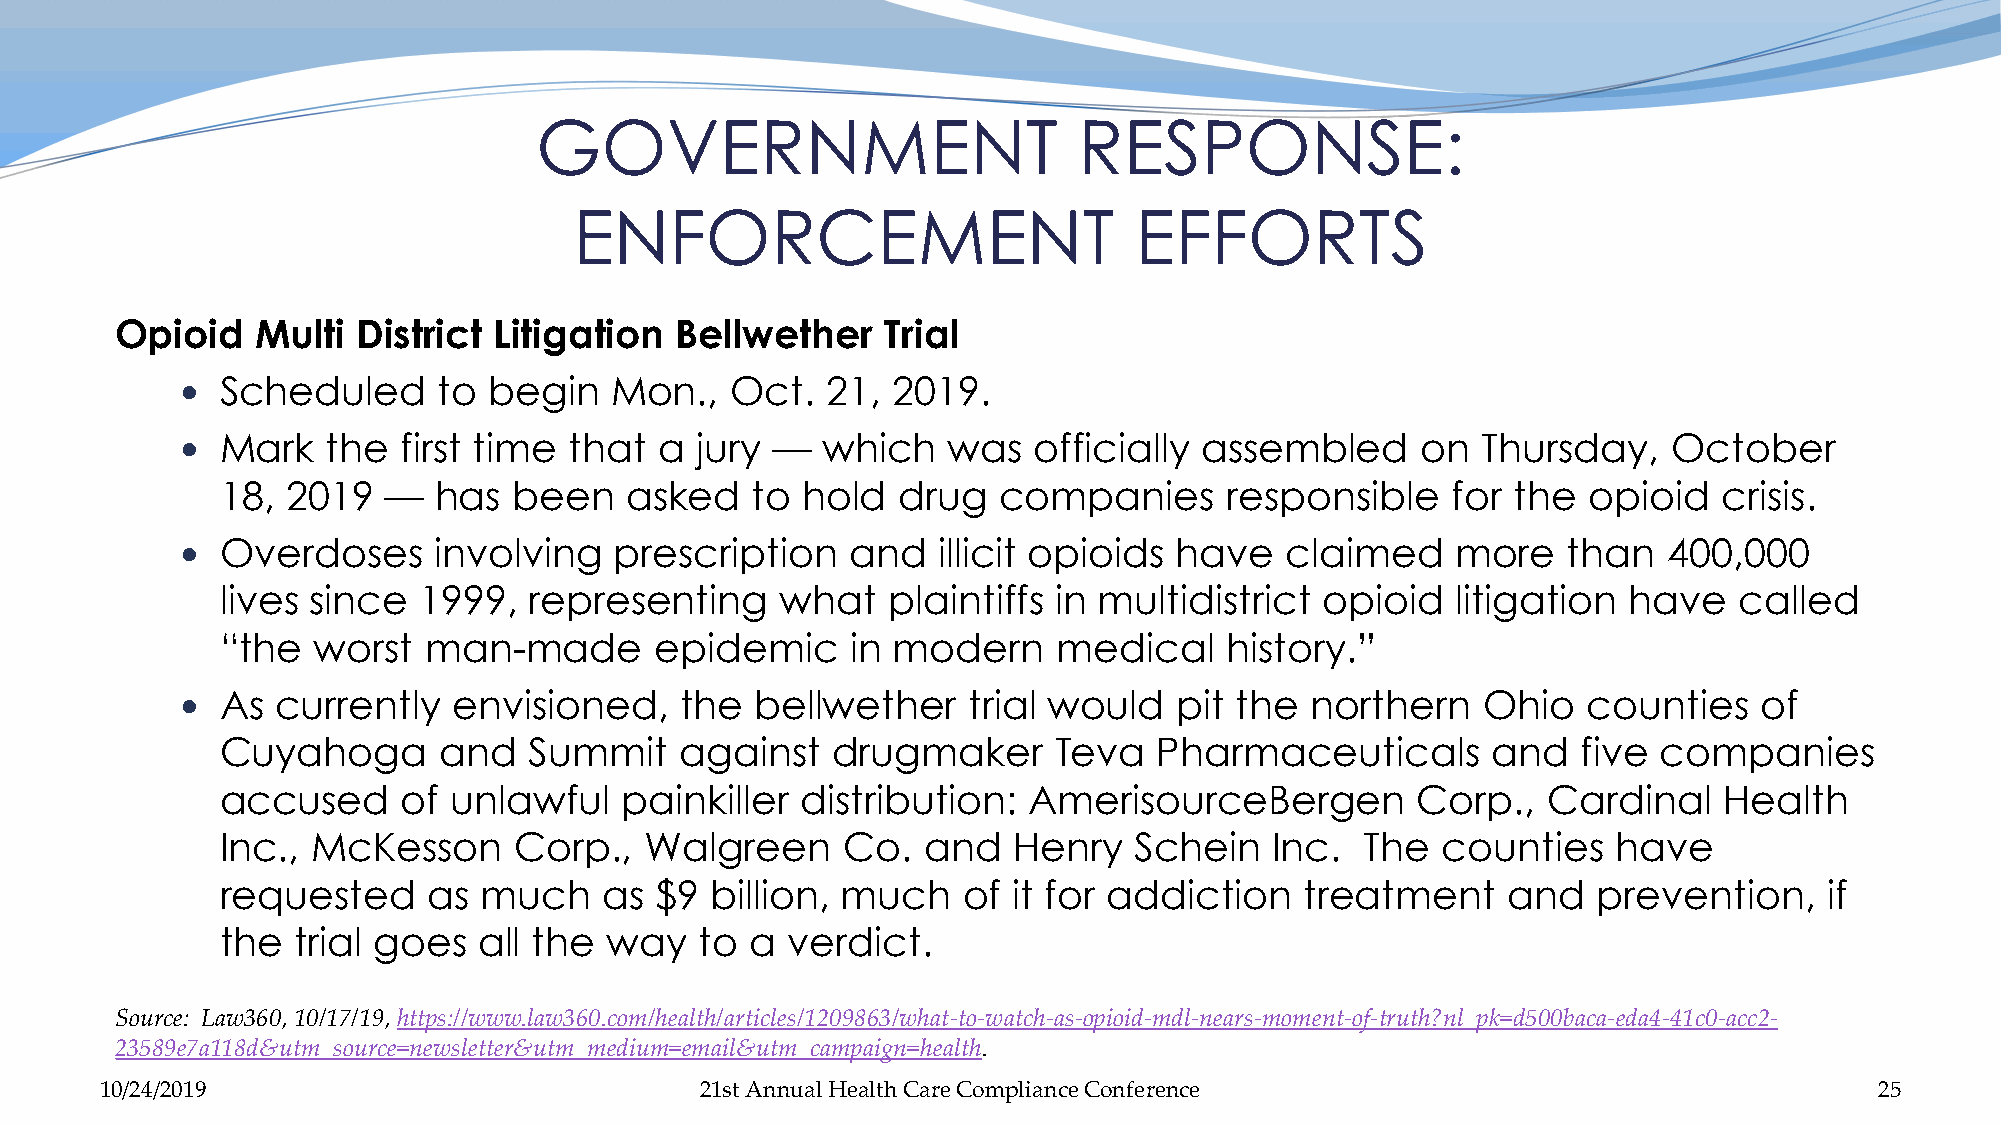
GOVERNMENT                          RESPONSE:
 ENFORCEMENT                          EFFORTS
 Opioid   Multi  District Litigation  Bellwether    Trial
   Scheduled     to begin   Mon.,   Oct.   21, 2019.
   Mark   the  first time that  a jury —  which    was  officially assembled      on  Thursday,    October
 18, 2019  —   has  been   asked    to hold   drug  companies      responsible    for the  opioid   crisis.
   Overdoses     involving   prescription   and   illicit opioids have   claimed    more    than  400,000
 lives since  1999,  representing     what   plaintiffs in multidistrict  opioid  litigation  have   called
 “the  worst  man-made       epidemic     in modern     medical    history.”
   As currently   envisioned,    the  bellwether    trial would   pit the  northern   Ohio   counties   of
 Cuyahoga      and   Summit    against   drugmaker      Teva   Pharmaceuticals       and   five companies
 accused     of unlawful   painkiller  distribution:  AmerisourceBergen         Corp.,  Cardinal    Health
 Inc., McKesson     Corp.,   Walgreen     Co.  and   Henry   Schein   Inc.  The  counties    have
 requested    as  much    as $9  billion, much    of it for addiction   treatment     and   prevention,    if
 the trial goes   all the way   to  a verdict.
 Source: Law360, 10/17/19, https://www.law360.com/health/articles/1209863/what-to-watch-as-opioid-mdl-nears-moment-of-truth?nl_pk=d500baca-eda4-41c0-acc2-
 23589e7a118d&utm_source=newsletter&utm_medium=email&utm_campaign=health.
 10/24/2019                             21st Annual Health Care Compliance Conference                                 25